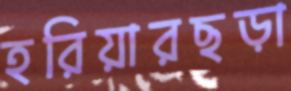
হরিয়ারছড়া